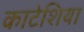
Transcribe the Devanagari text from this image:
काटेशिया